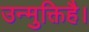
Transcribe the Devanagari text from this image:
उन्मुक्तिहै।